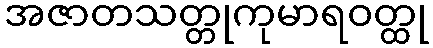
အဇာတသတ္တုကုမာရဝတ္ထု